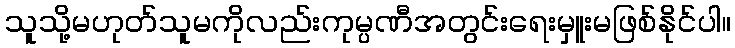
သူသို့မဟုတ်သူမကိုလည်းကုမ္ပဏီအတွင်းရေးမှူးမဖြစ်နိုင်ပါ။